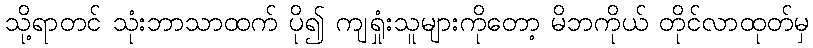
သို့ရာတင် သုံးဘာသာထက် ပို၍ ကျရှုံးသူများကိုတော့ မိဘကိုယ် တိုင်လာထုတ်မှ